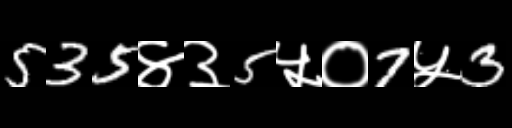
Text: 535४३5५०7५3